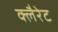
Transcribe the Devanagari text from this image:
क्लैरेट